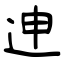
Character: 迧